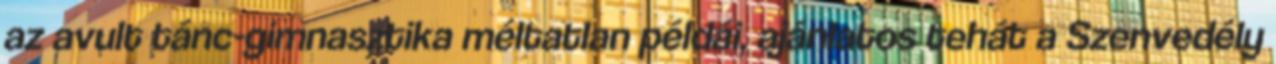
az avult tánc-gimnasztika méltatlan példái, ajánlatos tehát a Szenvedély